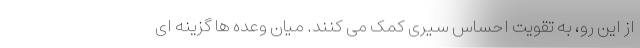
از این رو، به تقویت احساس سیری کمک می کنند. میان وعده ها گزینه ای